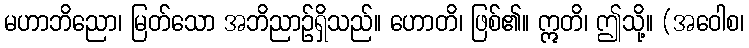
မဟာဘိညော၊ မြတ်သော အဘိညာဉ်ရှိသည်။ ဟောတိ၊ ဖြစ်၏။ ဣတိ၊ ဤသို့။ (အဝေါစ၊